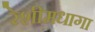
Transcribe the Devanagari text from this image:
रेशीमधागा